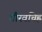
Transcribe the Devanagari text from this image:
गौरवचिह्र